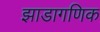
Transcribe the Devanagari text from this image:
झाडागणिक